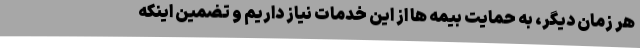
هر زمان دیگر، به حمایت بیمه ها از این خدمات نیاز داریم و تضمین اینکه